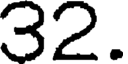
32.